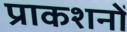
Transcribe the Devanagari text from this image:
प्राकशनों